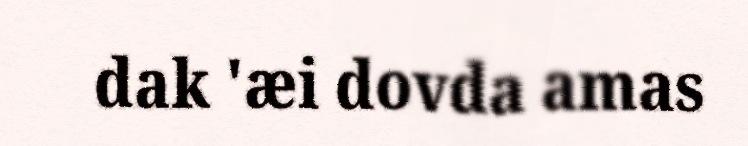
dak 'æi dovda amas